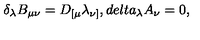
\delta _ { \lambda } B _ { \mu \nu } = D _ { [ \mu } \lambda _ { \nu ] } , d e l t a _ { \lambda } A _ { \nu } = 0 ,